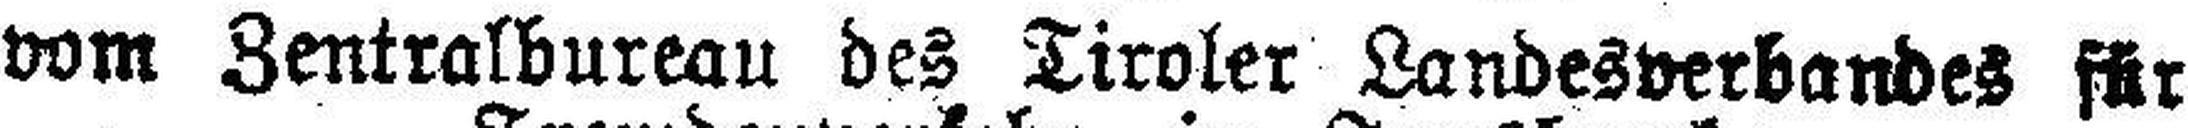
vom Zentralbureau des Tiroler Landesverbandes für